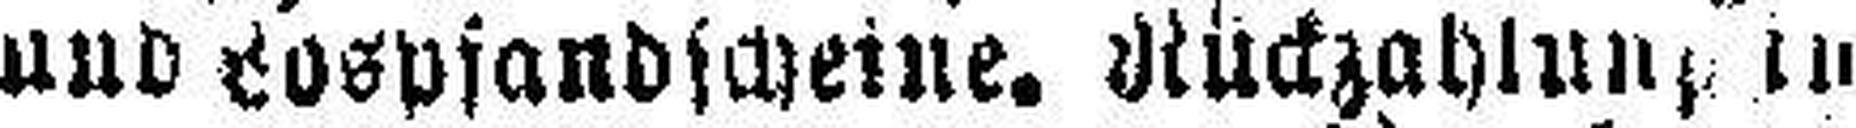
und Lospfandscheine. Rückzahlung in